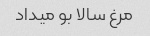
مرغ سالا بو میداد